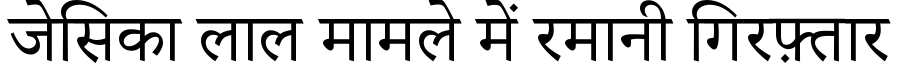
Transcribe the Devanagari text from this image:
जेसिका लाल मामले में रमानी गिरफ़्तार